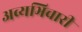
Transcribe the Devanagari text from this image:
अव्यभिचारी